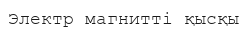
Электр магнитті қысқы